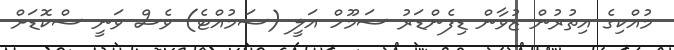
މުއްކިގެ އިތުރުން ޒުވާން ޑިފެންޑަރު ސަމޫހް އަލީ (ސަމުއްޓެ) ވެސް ވަނީ ސްކޮޑަށް